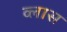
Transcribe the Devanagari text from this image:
व्लास